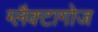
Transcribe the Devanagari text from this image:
ग्लैक्टागोज